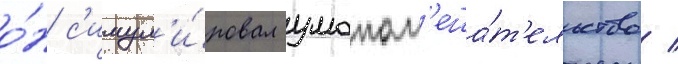
о́н с'имул'и́ровал умопом'еша́т'ельство /